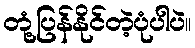
တုံ့ပြန်နိုင်တဲ့ပုံပါပဲ။